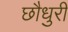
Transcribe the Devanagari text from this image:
छौधुरी